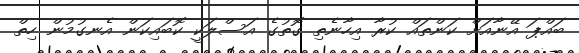
ބައްޕަ އޭނާއަށް ކަންތައް ކުރާ އިހާނެތި ގޮތުގެ އަސްލަކީ ކޮބައިކަން އެނގުމުން ހިތް